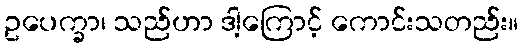
ဥပေက္ခာ၊ သည်ဟာ ဒါ့ကြောင့် ကောင်းသတည်း။